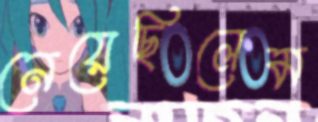
নেয়েছিলেম